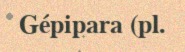
Gépipara (pl.